Source: Handwritten
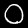
Digit: ၀ (0)